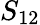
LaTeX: S_{12}